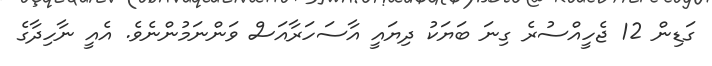
ގަޑިން 12 ޖެހީއްސުރެ ގިނަ ބަޔަކު ދިޔައީ އާސަހަރާއަސް ވަންނަމުންނެވެ. އެއީ ނާހިދާގެ